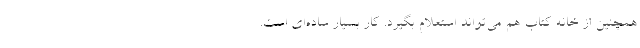
همچنین از خانه کتاب هم می‌تواند استعلام بگیرد. کار بسیار ساده‌ای است.